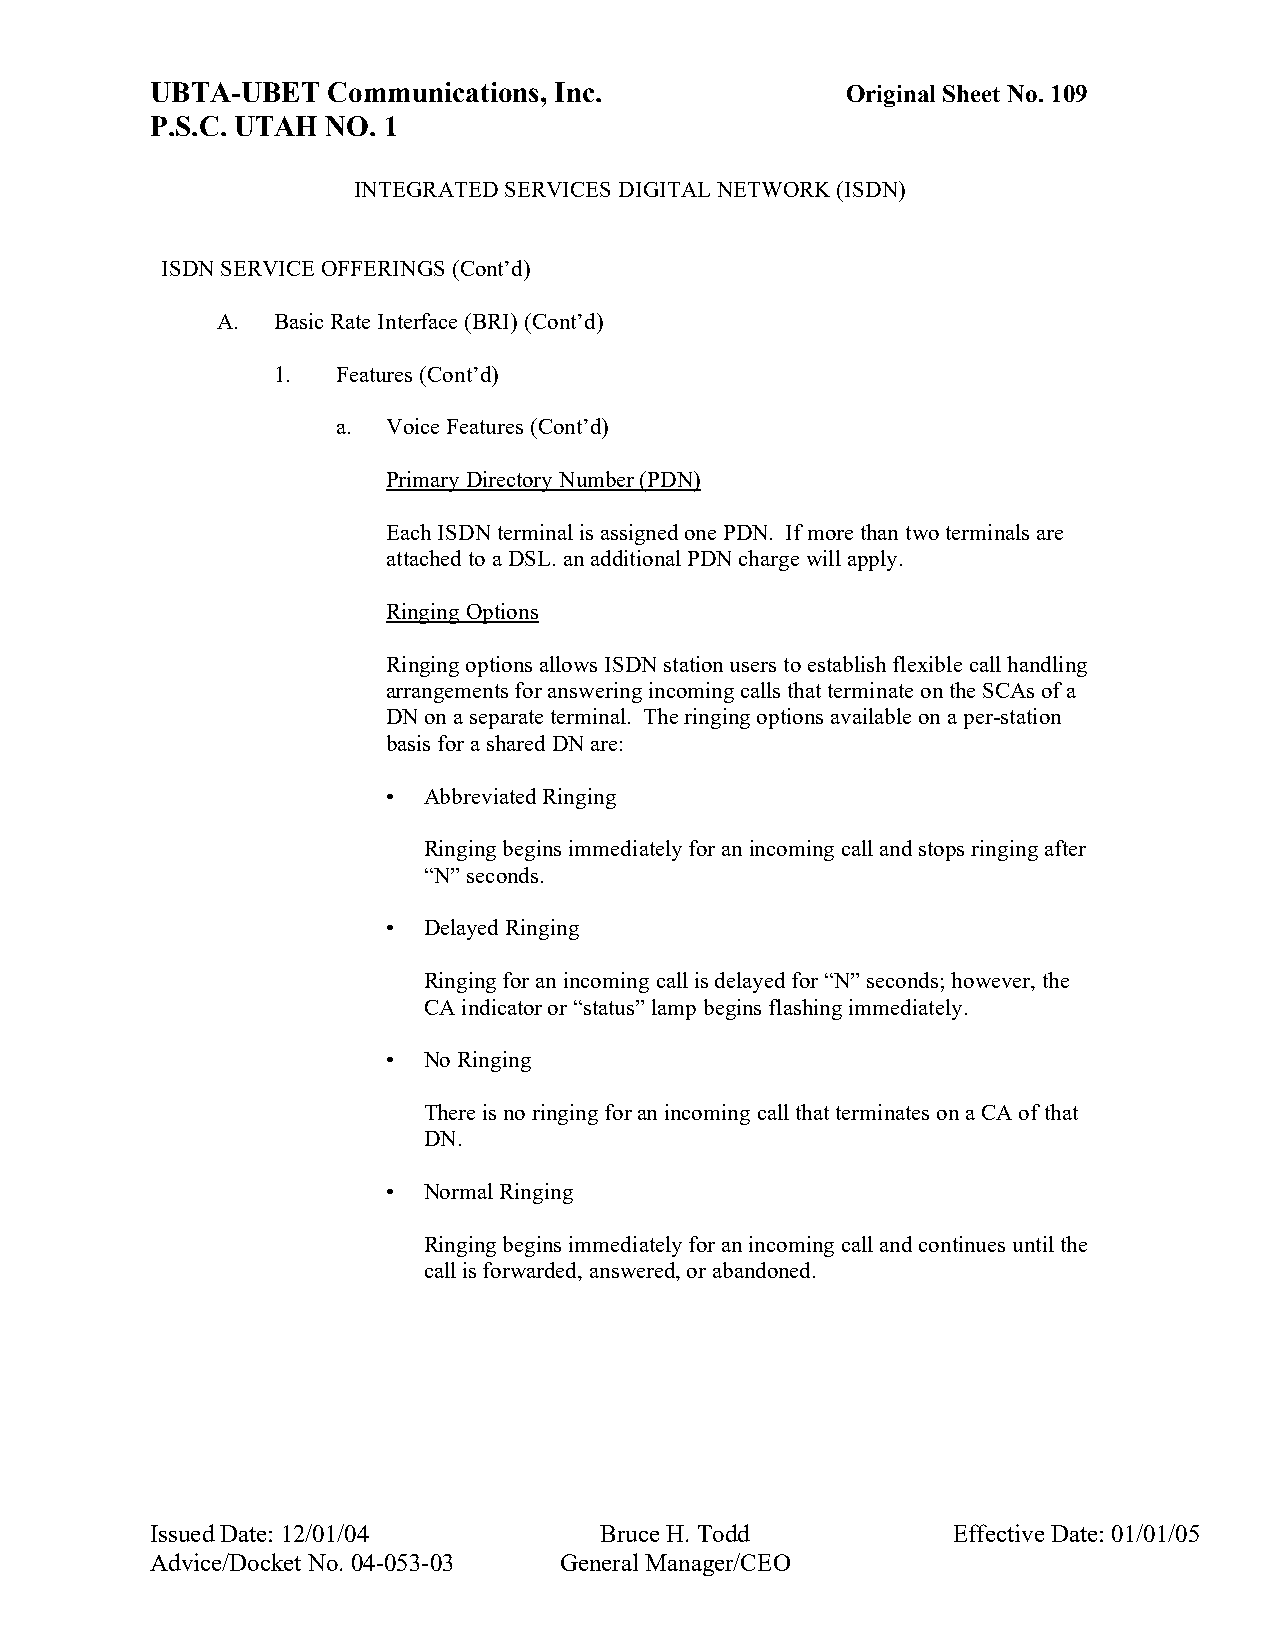
UBTA-UBET   Communications, Inc.              Original Sheet No. 109
 P.S.C. UTAH NO. 1
 INTEGRATED SERVICES DIGITAL NETWORK (ISDN)
 ISDN SERVICE OFFERINGS (Cont’d)
 A.  Basic Rate Interface (BRI) (Cont’d)
 1.  Features (Cont’d)
 a.  Voice Features (Cont’d)
 Primary Directory Number (PDN)
 Each ISDN terminal is assigned one PDN. If more than two terminals are
 attached to a DSL. an additional PDN charge will apply.
 Ringing Options
 Ringing options allows ISDN station users to establish flexible call handling
 arrangements for answering incoming calls that terminate on the SCAs of a
 DN on a separate terminal. The ringing options available on a per-station
 basis for a shared DN are:
 • Abbreviated Ringing
 Ringing begins immediately for an incoming call and stops ringing after
 “N” seconds.
 • Delayed Ringing
 Ringing for an incoming call is delayed for “N” seconds; however, the
 CA indicator or “status” lamp begins flashing immediately.
 • No Ringing
 There is no ringing for an incoming call that terminates on a CA of that
 DN.
 • Normal Ringing
 Ringing begins immediately for an incoming call and continues until the
 call is forwarded, answered, or abandoned.
 Issued Date: 12/01/04         Bruce H. Todd          Effective Date: 01/01/05
 Advice/Docket No. 04-053-03 General Manager/CEO